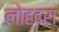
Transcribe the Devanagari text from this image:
लोह्दरा